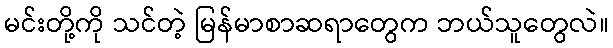
မင်းတို့ကို သင်တဲ့ မြန်မာစာဆရာတွေက ဘယ်သူတွေလဲ။